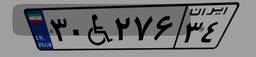
۱۲W۳۳۶۰۷